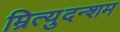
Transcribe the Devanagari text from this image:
म्रित्युदन्शम